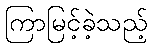
ကြာမြင့်ခဲ့သည့်